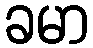
ခမာ